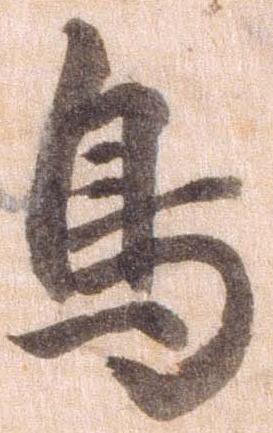
鳥